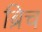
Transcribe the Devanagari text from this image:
ब्रिच